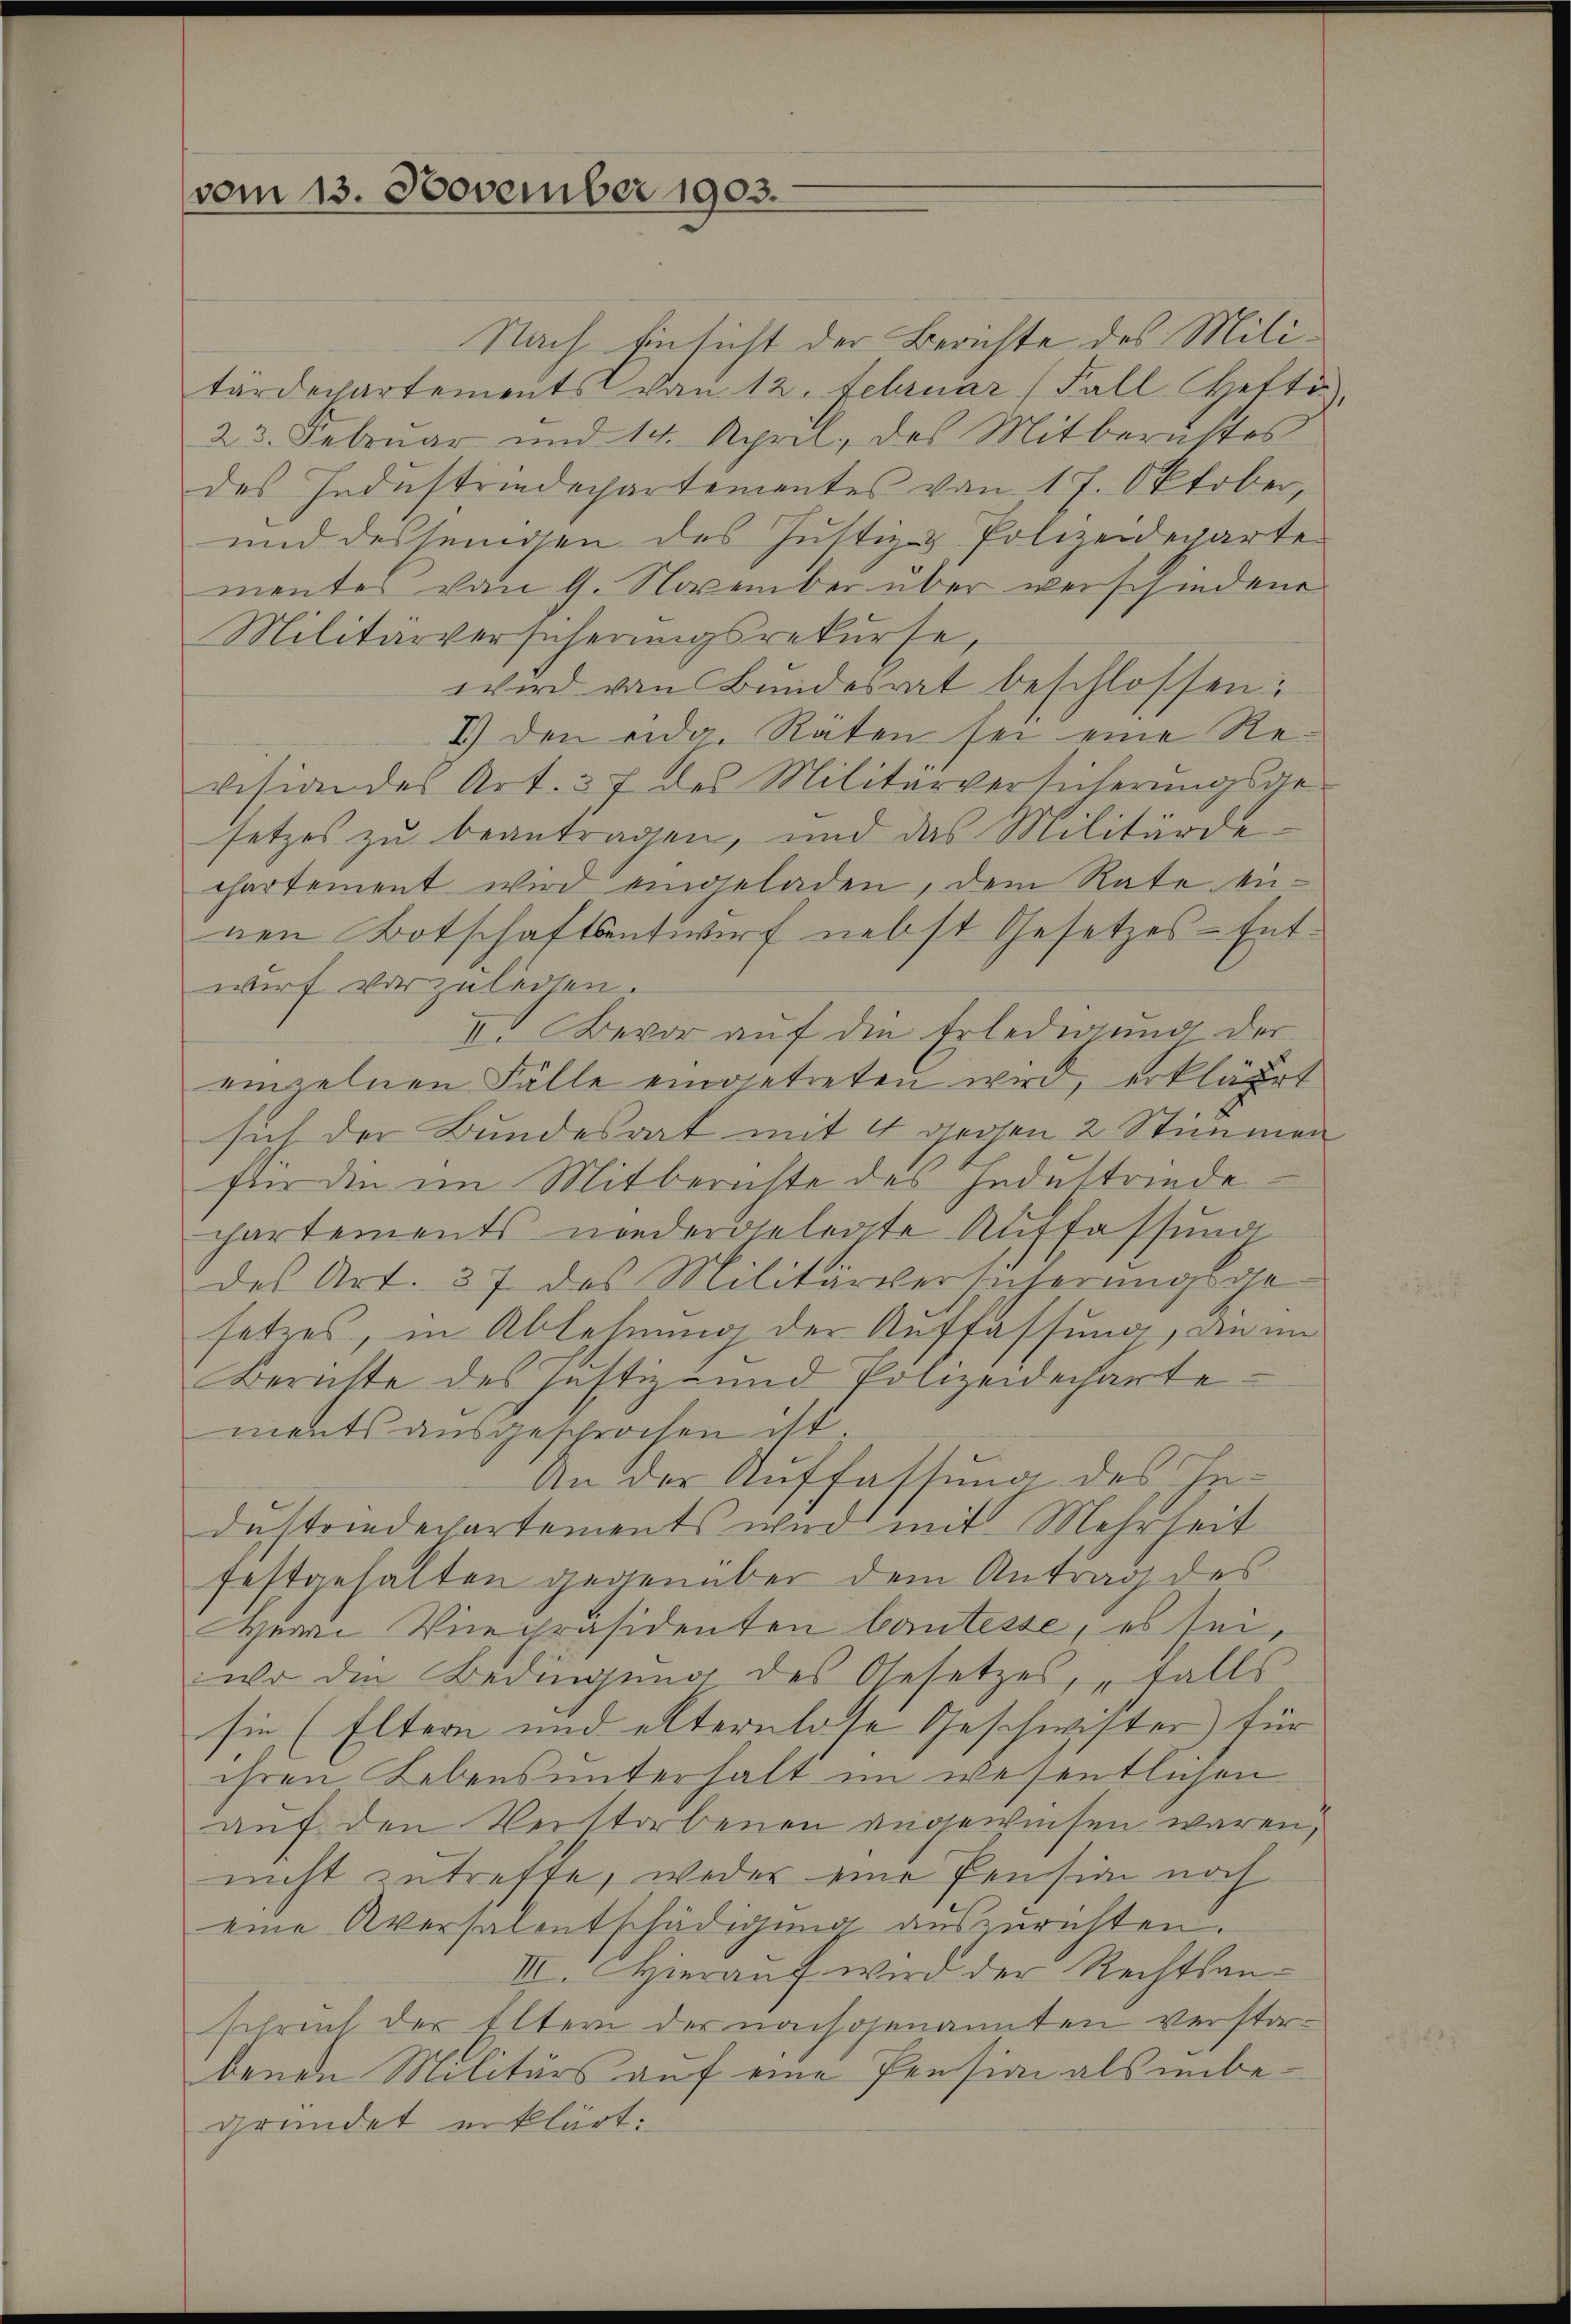
vom 13. November 1903.

Nach Einsicht der Berichte des Militärdechartements von 12. Februar (Fall Chefti
23. Februar und 14. April, des Mitberichtes
des Industriedepartementes von 17. Oktober,
und desjenigen des Justiz & Polizeideparte
mentes vom 9. November über verschiedene
Militärversicherungsrekurse,
wird von Bundesrat beschlossen:
I.) den eidg. Räten sei eine Revision des Art. 37 des Militärversicherŭngsge-
setzes zu beantragen, und das Militärdechartement wird eingeladen, dem Rate einen Botschaftsentwurf nebst Gesetzes-Entwurf vorzulegen.
I. Bevor auf die Erledigung der
einzelnen Fälle eingetreten wird, erkläret
sich der Bundesrat mit 4 gegen 2 Stimmen
für den im Mitberichte des Hndustriedechartements niedergelegte Auffassŭng
des Art. 37 des Militärversicherungsge
setzes, in Ablehnung der Auffassung, die im
Beruhte des Justiz und Polizeidechartements ausgesprochen ist.
An der Auffassung des Industridechartements wird mit Mehrheit
festgehalten gegenüber dem Antrag des
Herr Vicepräsidenten Cautesse, es sei,
wo die Bedingung des Gesetzes, falls
sie (Eltern und elternlose Geschwister) für
ihren Lebensunterhalt im wesentlichen
auf den Verstorbenen angewiesen waren,
nicht zutreffe, weder eine Pension noch
eine Aversalentschädigung auszurichten.
III. Hierauf wird der Rechtsanschrich der Eltern der nachgenannten verstorbende Militärs auf eine Pension als unbegründet erklärt: